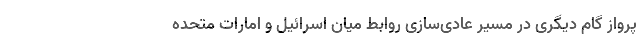
پرواز گام دیگری در مسیر عادی‌سازی روابط میان اسرائیل و امارات متحده